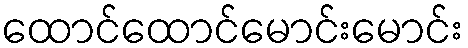
ထောင်ထောင်မောင်းမောင်း